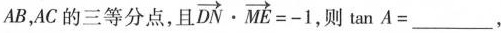
AB，AC的三等分点，且 $$\overrightarrow{DN} \cdot \overrightarrow{ME} = - 1$$ ，则\tan A=___，